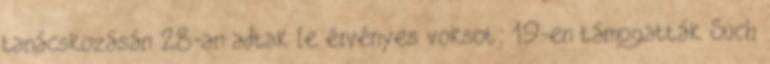
tanácskozásán 28-an adtak le érvényes voksot; 19-en támogatták Such